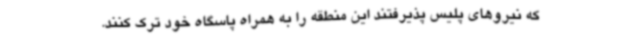
که نیروهای پلیس پذیرفتند این منطقه را به همراه پاسگاه خود ترک کنند.